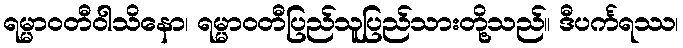
ရမ္မာဝတီဝါသိနော၊ ရမ္မာဝတီပြည်သူပြည်သားတို့သည်။ ဒီပင်္ကရဿ၊